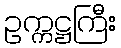
ဥက္ကဋ္ဌကြီး